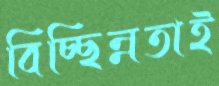
বিচ্ছিন্নতাই